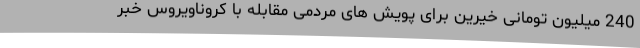
240 میلیون تومانی خیرین برای پویش های مردمی مقابله با کروناویروس خبر